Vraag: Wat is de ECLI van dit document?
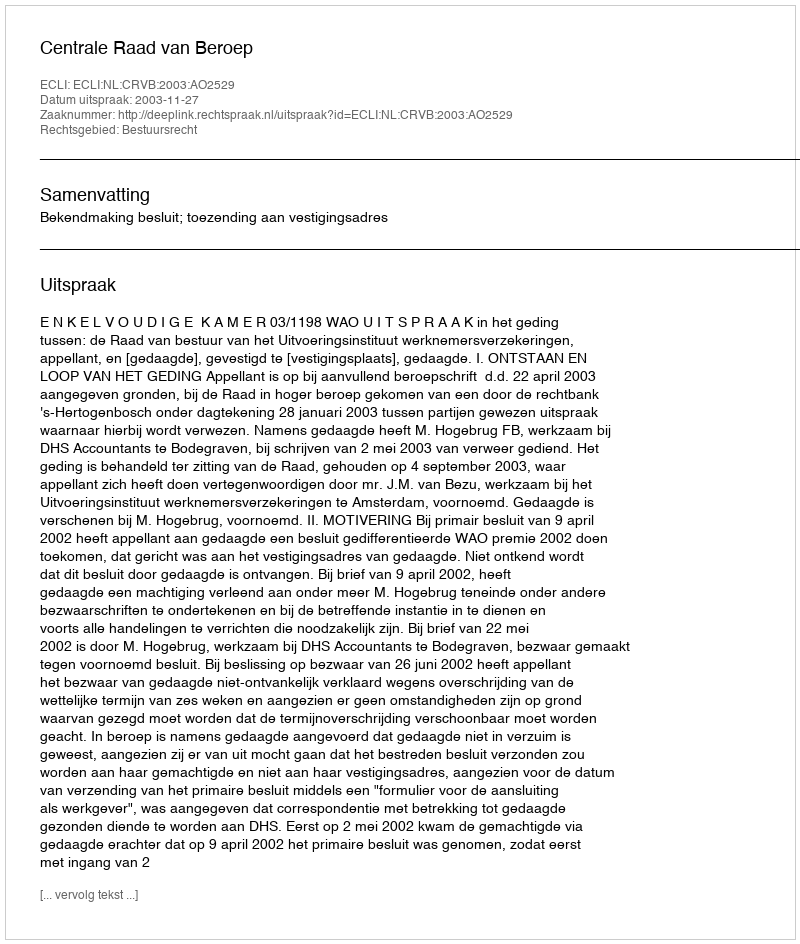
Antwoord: ECLI:NL:CRVB:2003:AO2529